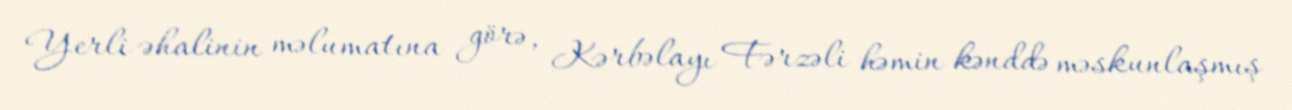
Yerli əhalinin məlumatına görə, Kərbəlayı Fərzəli həmin kənddə məskunlaşmış